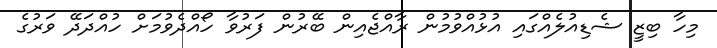
މިހާ ބިޒީ ޝެޑިއުލެއްގައި އުޅުއްވުމުން ރާއްޖެއިން ބޭރުން ފަރުވާ ހޯއްދެވުމަށް ހުއްދަދޭ ވަރުގެ